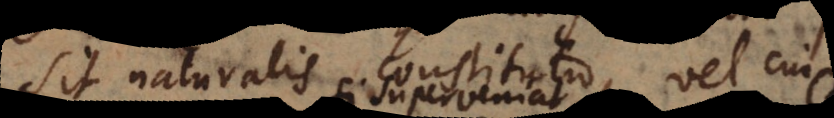
sit naturalis constitutio, vel cui